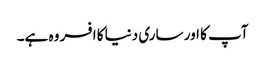
آپ کا اور ساری دنیا کا افسر وہ ہے۔